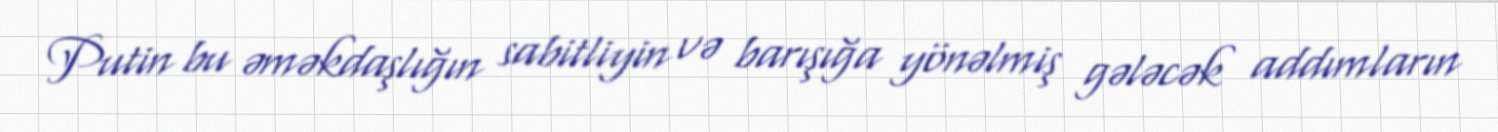
Putin bu əməkdaşlığın sabitliyin və barışığa yönəlmiş gələcək addımların